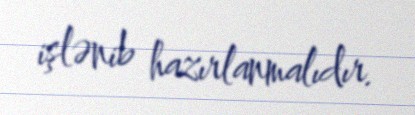
işlənib hazırlanmalıdır.